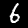
Label: 6